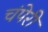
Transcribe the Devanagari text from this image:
चंपेरी